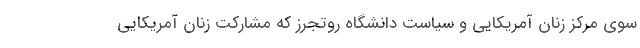
سوی مرکز زنان آمریکایی و سیاست دانشگاه روتجرز که مشارکت زنان آمریکایی